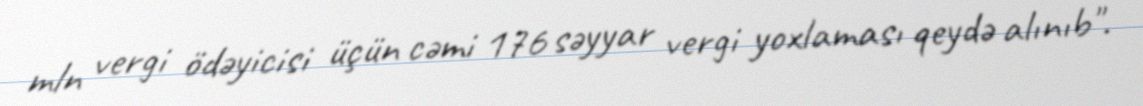
mln vergi ödəyicisi üçün cəmi 176 səyyar vergi yoxlaması qeydə alınıb".